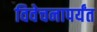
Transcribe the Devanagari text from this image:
विवेचनापर्यंत